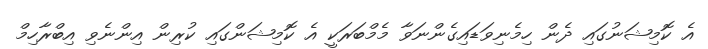
އެ ކޮމިޝަނުގައި ދެން ހިމެނިވަޑައިގެންނަވާ މެމްބަރަކީ އެ ކޮމިޝަންގައި ކުރިން އިންނެވި އިބްރާހިމް